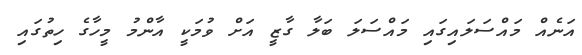
އަނެއް މައްސަލައިގައި މައްސަލަ ބަލާ ގާޒީ އަށް ވުމަކީ އާންމު މީހާގެ ހިތުގައި